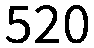
520